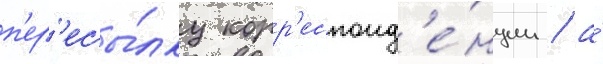
п'ер'есы́лку корр'еспонд'е́нции / а́